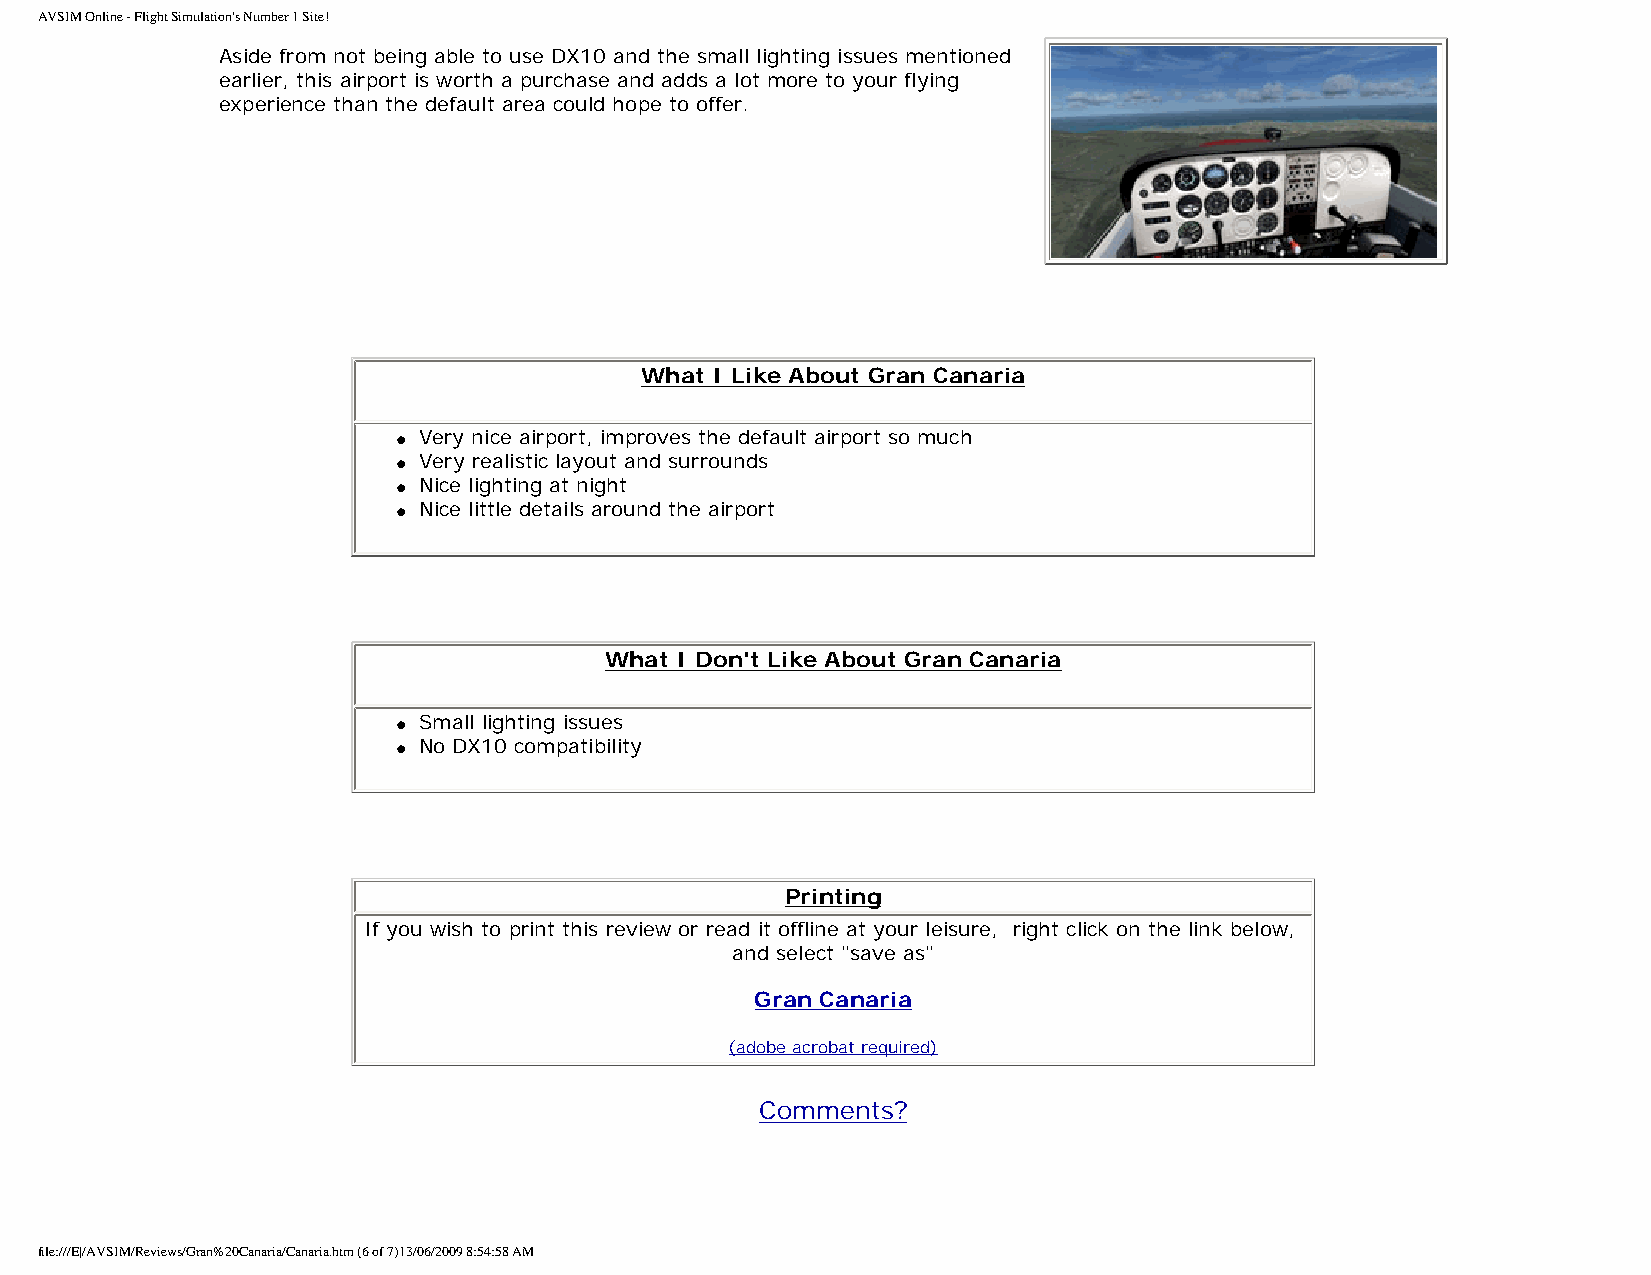
AVSIM Online - Flight Simulation's Number 1 Site!
 Aside from not being able to use DX10 and the small lighting issues mentioned
 earlier, this airport is worth a purchase and adds a lot more to your flying
 experience than the default area could hope to offer.
 What I Like About Gran Canaria
 l Very nice airport, improves the default airport so much
 l Very realistic layout and surrounds
 l Nice lighting at night
 l Nice little details around the airport
 What I Don't Like About Gran Canaria
 l Small lighting issues
 l No DX10 compatibility
 Printing
 If you wish to print this review or read it offline at your leisure, right click on the link below,
 and select "save as"
 Gran Canaria
 (adobe acrobat required)
 Comments?
 file:///E|/AVSIM/Reviews/Gran%20Canaria/Canaria.htm (6 of 7)13/06/2009 8:54:58 AM